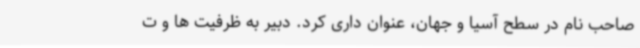
صاحب نام در سطح آسیا و جهان، عنوان داری کرد. دبیر به ظرفیت ها و ت